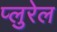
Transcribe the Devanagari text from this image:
प्लुरेल